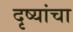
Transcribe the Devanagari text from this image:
दृष्यांचा